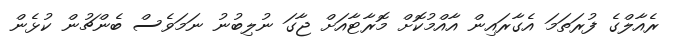
ރެއާލްގެ ފުރަތަމަ އެގާރައިން އާއްމުކޮށް މޮރާޓާއަށް ޖާގަ ނުލިބުނު ނަމަވެސް ބެންޗުން ކުޅެން